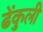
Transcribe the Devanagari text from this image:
ढेंकुली